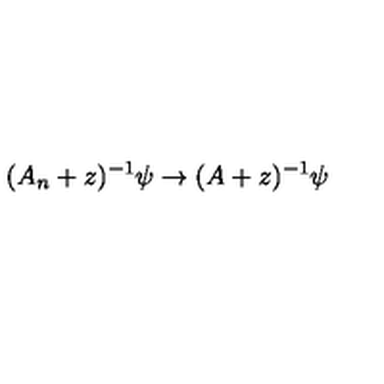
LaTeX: ( A _ { n } + z ) ^ { - 1 } \psi \rightarrow ( A + z ) ^ { - 1 } \psi